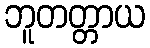
ဘူတတ္တာယ